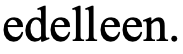
edelleen.